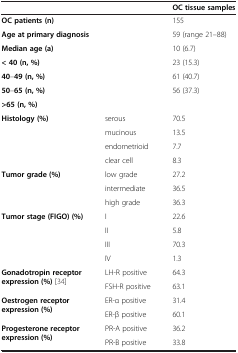
<table><thead><tr><td colspan="2"><b> </b></td><td><b>OC tissue samples</b></td></tr></thead><tbody><tr><td colspan="2"><b>OC patients (n)</b></td><td>155</td></tr><tr><td colspan="2"><b>Age at primary diagnosis</b></td><td>59 (range 21–88)</td></tr><tr><td colspan="2"><b>Median age (a)</b></td><td>10 (6.7)</td></tr><tr><td colspan="2"><b>&lt; 40 (n, %)</b></td><td>23 (15.3)</td></tr><tr><td colspan="2"><b>40</b>–<b>49 (n, %)</b></td><td>61 (40.7)</td></tr><tr><td colspan="2"><b>50</b>–<b>65 (n, %)</b></td><td>56 (37.3)</td></tr><tr><td colspan="3"><b>&gt;65 (n, %)</b></td></tr><tr><td rowspan="4"><b>Histology (%)</b></td><td>serous</td><td>70.5</td></tr><tr><td>mucinous</td><td>13.5</td></tr><tr><td>endometrioid</td><td>7.7</td></tr><tr><td>clear cell</td><td>8.3</td></tr><tr><td rowspan="3"><b>Tumor grade (%)</b></td><td>low grade</td><td>27.2</td></tr><tr><td>intermediate</td><td>36.5</td></tr><tr><td>high grade</td><td>36.3</td></tr><tr><td rowspan="4"><b>Tumor stage (FIGO) (%)</b></td><td>I</td><td>22.6</td></tr><tr><td>II</td><td>5.8</td></tr><tr><td>III</td><td>70.3</td></tr><tr><td>IV</td><td>1.3</td></tr><tr><td rowspan="2"><b>Gonadotropin receptor expression (%)</b>[34]</td><td>LH-R positive</td><td>64.3</td></tr><tr><td>FSH-R positive</td><td>63.1</td></tr><tr><td rowspan="2"><b>Oestrogen receptor expression (%)</b></td><td>ER-α positive</td><td>31.4</td></tr><tr><td>ER-β positive</td><td>60.1</td></tr><tr><td><b>Progesterone receptor expression (%)</b></td><td>PR-A positive</td><td>36.2</td></tr><tr><td> </td><td>PR-B positive</td><td>33.8</td></tr></tbody></table>